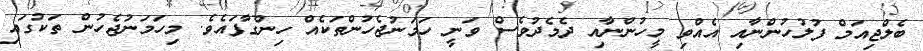
ބެލްޖިއަމް ފުލުހުންނާއި އެއްވި މީހުންނާއި ދެމެދުވެސް ވަނީ ހަމަނުޖެހުންތަކެއް ހިންގާފައެވެ. މިހަމަނުޖެހުން ތަކުގައި